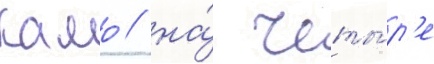
Камо / на́ четы́р'е